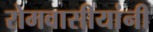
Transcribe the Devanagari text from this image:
रोमवासीयांनी